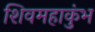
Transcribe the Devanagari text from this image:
शिवमहाकुंभ